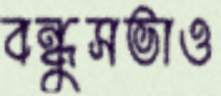
বন্ধুসভাও